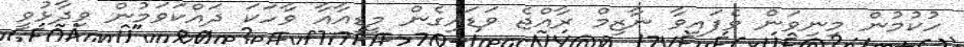
ހުކުމުން މިނިވަން ވެފައިވާ ނާޒިމް ރާއްޖެ ވަޑައިގެން މީޑިއާއާ ވާހަކަ ދައްކަވަމުން ވިދާޅުވީ